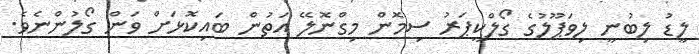
ލީޑު ލިބުނީ ލިވަޕޫލުގެ ގޯލްކީޕަރު ސިމޮން މިގްނޮލޭ އަތުން ބައިކޮޅަށް ވަން ގޯލުންނެވެ.